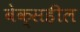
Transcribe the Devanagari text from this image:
बेक्सहील